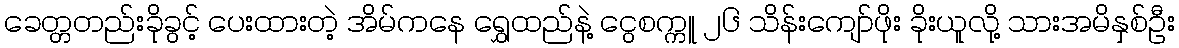
ခေတ္တတည်းခိုခွင့် ပေးထားတဲ့ အိမ်ကနေ ရွှေထည်နဲ့ ငွေစက္ကူ ၂၆ သိန်းကျော်ဖိုး ခိုးယူလို့ သားအမိနှစ်ဦး